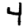
Digit: 4